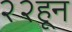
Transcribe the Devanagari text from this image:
२२हून